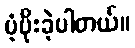
ပံ့ပိုးခဲ့ပါတယ်။